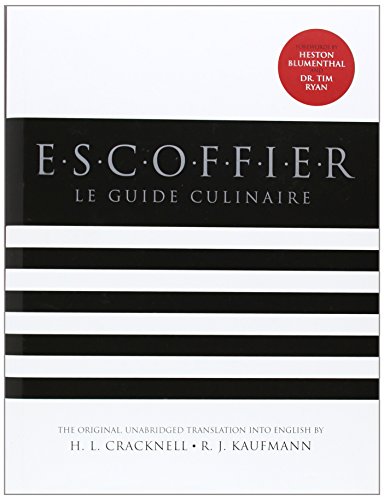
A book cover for Escoffier; Auguste Escoffier; Cookbooks, Food & Wine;